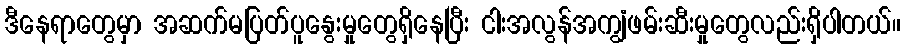
ဒီနေရာတွေမှာ အဆက်မပြတ်ပူနွေးမှုတွေရှိနေပြီး ငါးအလွန်အကျွံဖမ်းဆီးမှုတွေလည်းရှိပါတယ်။